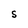
Character: S